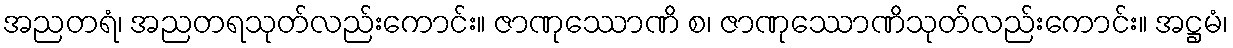
အညတရံ၊ အညတရသုတ်လည်းကောင်း။ ဇာဏုဿောဏိ စ၊ ဇာဏုဿောဏိသုတ်လည်းကောင်း။ အဋ္ဌမံ၊